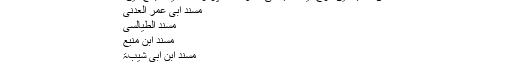
المطالب العالیۃ بزوائد المسانید الثمانیۃ حافظ ابن حجر (852 ہجری)
اس کتاب میں درج ذیل کتب کی اصول ستہ پر زائد احادیث جمع کیں:
مسند ابی عمر العدنی
مسند الطیالسی
مسند ابن منیع
مسند ابن ابی شیبۃ
مسند عبد بن حمید
13۔